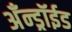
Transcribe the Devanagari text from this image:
अँन्ड्रॉईड